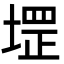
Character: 堽